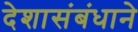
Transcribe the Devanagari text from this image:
देशासंबंधाने